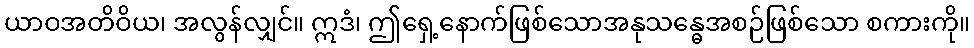
ယာဝအတိဝိယ၊ အလွန်လျှင်။ ဣဒံ၊ ဤရှေ့နောက်ဖြစ်သောအနုသန္ဓေအစဉ်ဖြစ်သော စကားကို။